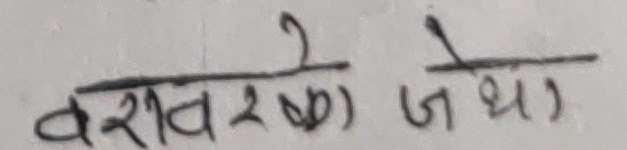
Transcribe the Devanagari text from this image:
बराबरको जेथा